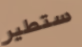
ستطير